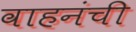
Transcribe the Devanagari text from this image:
वाहनंची